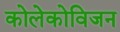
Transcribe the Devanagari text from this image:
कोलेकोविजन